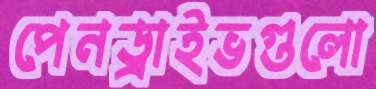
পেনড্রাইভগুলো